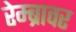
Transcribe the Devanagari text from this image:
रेम्ब्रावर